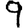
Digit: 9